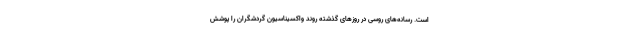
است. رسانه‌های روسی در روزهای گذشته روند واکسیناسیون گردشگران را پوشش